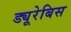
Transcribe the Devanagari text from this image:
ड्यूरेबिस